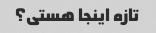
تازه اینجا هستی؟